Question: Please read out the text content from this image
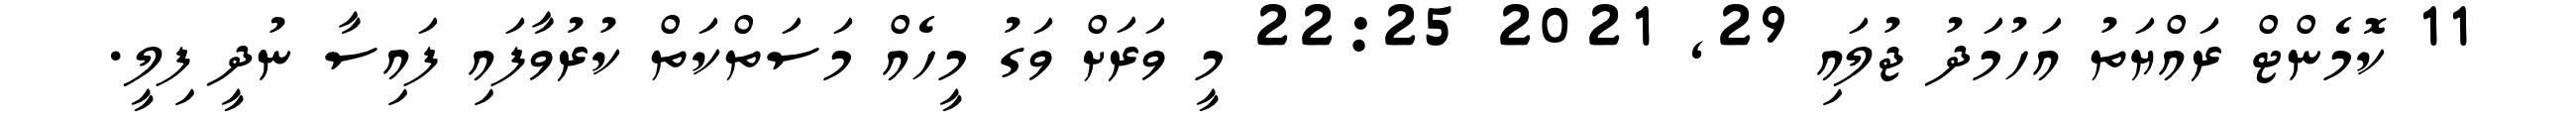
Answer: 11 ކޮމެންޓް ރައްޔަތު އަހުމަދު ޖުލައި 29, 2021 22:25 މީ ވަރަށް ވަގު މީހެއް މަސަތްކަތް ކުރުވާފައި ފައިސާ ނުދީ ފިލީ.